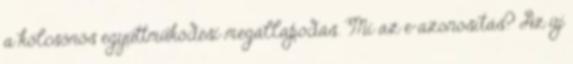
a kölcsönös együttműködési megállapodás. Mi az e-azonosítás? Az új